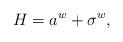
LaTeX: \begin{align*}H=a^w+ \sigma^w,\end{align*}